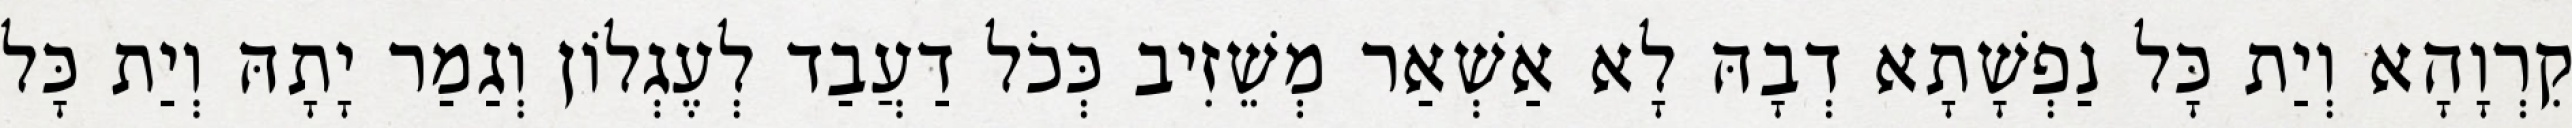
קִרְוָהָא וְיַת כָּל נַפְשָׁתָא דְבָהּ לָא אַשְׁאַר מְשֵׁזִיב כְּכֹל דַעֲבַד לְעֶגְלוֹן וְגַמַר יָתָהּ וְיַת כָּל